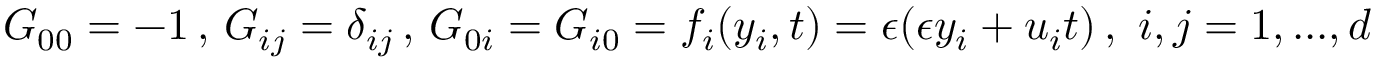
G _ { 0 0 } = - 1 \, , \, G _ { i j } = \delta _ { i j } \, , \, G _ { 0 i } = G _ { i 0 } = f _ { i } ( y _ { i } , t ) = \epsilon ( \epsilon y _ { i } + u _ { i } t ) \, , \, \, i , j = 1 , . . . , d